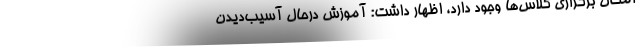
امکان برگزاری کلاس‌ها وجود دارد، اظهار داشت: آموزش درحال آسیب‌دیدن